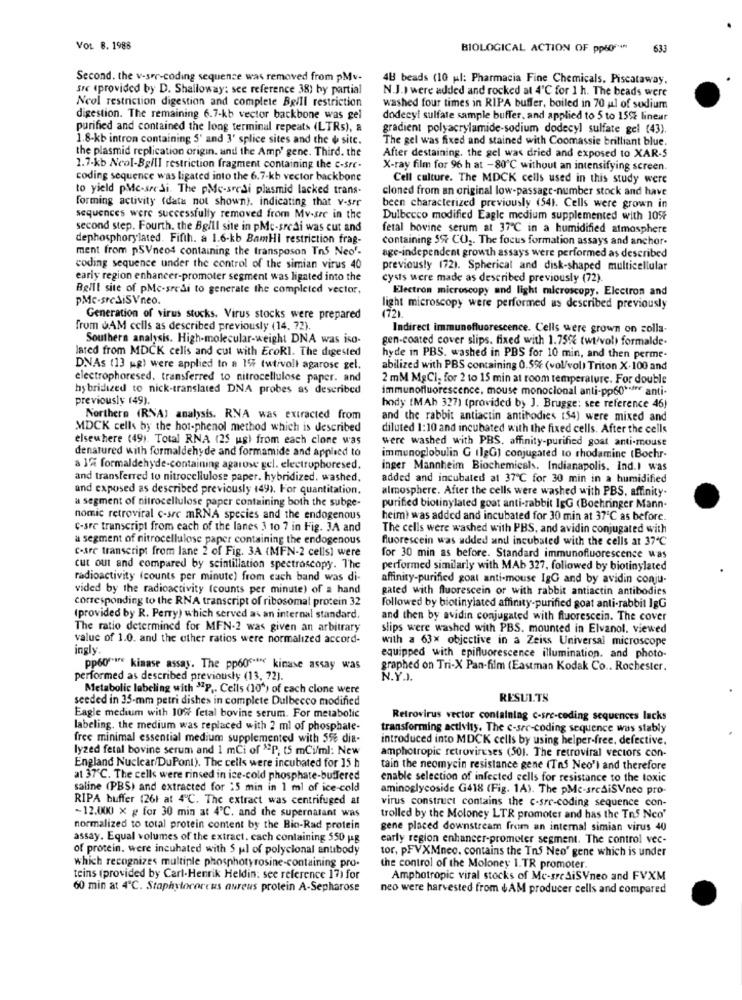
VOL 8. 1988
BIOLOGICAL ACTION OF ppt0 ***
633
Second. the v-ser-coding sequence was removed from pMv-
4H beads (10 ul: Pharmacia Fine Chemicals. Piscataway.
src (provided by D. Shalloway: see reference 38) by partial
N.J.) were added and rocked at 4℃ for 1 h. The beads were
Ncol restriction digestion and complete Beill restriction
washed four times in RIPA buffer, boiled in 70 ul of sodium
digestion. The remaining 6.7-kb vector backbone was gel
dodecyl sulfate sample buffer, and applied to 5 to 15% linear
purified and contained the long terminal repeats (LTRs), a
gradient polyacrylamide-sodium dodecyl sulfate gel (43).
1.8-kb intron containing 5' and 3' splice sites and the & sitc.
The gel was fixed and stained with Coomassie brilliant blue.
the plasmid replication origin. and the Amp' gene. Third. the
After destaining. the gel was dried and exposed to XAR-S
1.7-kb Neol-BallI restriction fragment containing the c-sre-
X-ray film for 96 h at -80℃ without an intensifying screen.
coding sequence was ligated into the 6.7-kb vector backbone
Cell culture. The MDCK cells used in this study were
to yield pMc-src Si. The pMe-serai plasmid lacked trans-
cloned from an original low-passage-number stock and have
forming activity (data not shown), indicating that v-sre
been characterized previously (54). Cells were grown in
sequences were successfully removed from Mv-sre in the
Dulbecco modified Eagle medium supplemented with 10%
second step. Fourth. the Bg/Il site in pMc-sredi was cut and
fetal bovine serum at 37℃ in a humidified atmosphere
dephosphorylated. Fifth. a 1.6-kb BamHi restriction frag-
containing 5% CO2. The focus formation assays and anchor.
ment from pSVneos containing the transposon Tn5 Neo'-
age-independent growth assays were performed as described
coding sequence under the control of the simian virus 40
previously (72). Spherical and disk-shaped multicellular
early region enhancer-promoter segment was ligated into the
cysts were made as described previously (72)
Reill site of pMc-sredi to generate the completed vector,
Electron microscopy and light microscopy. Electron and
PMc-srediSVneo.
light microscopy were performed us described previously
Generation of virus stocks. Virus stocks were prepared
(72).
from JAM cells as described previously (14. 72).
Indirect immunefluorescence. Cells were grown on colla-
Southern analysis. High-molecular-weight DNA was iso-
gen-coated cover slips, fixed with 1.75% (wt/vol) formalde.
lated from MDCK cells and cut with EroRl. The digested
hyde in PBS. washed in PBS for 10 min, and then perme-
DNAs (13 pg) were applied to a 19 twtivoll agarose gel.
abilized with PBS containing 0.5% (vol/vol) Triton X.100 and
electrophoresed. transferred to nitrocellulose paper. and
2 mM MgCl, for 2 to 15 min at room temperature. For double
hybridized to nick-translated DNA probes as described
immunofluorescence, mouse monoclonal anti-pp60 **** anti-
previously (49).
hody (MAb 327) (provided by J. Brugge: see reference 46)
Northern (RNA) analysis. RNA was extracted from
and the rabbit antiactin antibodies (54) were mixed and
MDCK cells by the hot-phenol method which is described
diluted 1:10 and incubated with the fixed cells. After the cells
elsewhere (49). Total RNA (25 ug) from each clone was
were washed with PBS. affinity-purified goat anti-mouse
denatured with formaldehyde and formamide and applied to
immunoglobulin G (lgG) conjugated to rhodamine (Bochr-
a 12 formaldehyde-containing agarose gel. electruphoresed.
inger Mannheim Biochemicals. Indianapolis. ind.I was
and transferred to nitrocellulose paper. hybridized. washed,
added and incubated at 37℃ for 30 min in a humidified
and exposed as described previously (49). For quantitation.
almosphere. After the cells were washed with PBS, affinity.
a segment of nitrocellulose paper containing both the subpe-
purified biotinylated goat anti-rabbit IgG (Boehringer Mann
nomic retroviral c-src mRNA species and the endogenous
heim? was added and incubated for 30 min at 37℃ as before.
C-sre transcript from each of the lanes 3 10 7 in Fig. JA and
The cells were washed with PBS, and avidin conjugated with
a segment of nitrocellulose paper containing the endogenous
fluorescein was added and incubated with the cells at 37℃
C-are transcript from lane 2 of Fig. 3A (MFN-2 cells) were
for 30 min as before. Standard immunofluorescence was
cut out and compared by scintillation spectroscopy. The
performed similarly with MAb 327, followed by biotinylated
radioactivity (counts per minute) from cach band was di-
affinity-purified goal anti-mouse IgG and by avidin conju-
vided by the radioactivity (counts per minute) of a hand
gated with fluorescein or with rabbit antiactin antibodies
corresponding to the RNA transcript of ribosomal protein 32
followed by biotinylated affinity-purified goat anti-rabbit IgG
(provided by R. Perry) which served as an internal standard.
and then by avidin conjugated with fluorescein. The cover
The ratio determined for MFN-2 was given an arbitrary
slips were washed with PBS. mounted in Elvanol. viewed
value of 1.0. and the other ratios were normalized accord-
with a 63x objective in a Zeiss Universal microscope
ingly.
equipped with epifluorescence illumination. and photo-
pp60"" kinase assay. The pp60"t" kinase assay was
graphed on Tri-X Pan-film (Eastman Kodak Co .. Rochester.
performed as described previously (13, 72).
N.Y.J.
Metabolic labeling with 37P .. Cells (10") of each clone were
seeded in 35-mm petri dishes in complete Dulbecco modified
RESULTS
Eagle medium with 10% fetal bovine serum. For metabolic
Retrovirus vector containing c-sre-coding sequences lacks
labeling. the medium was replaced with 2 ml of phosphate-
transforming activity. The c-sre-coding sequence was stably
free minimal essential medium supplemented with 5% dia-
introduced into MDCK cells by using helper-free, defective.
lyzed fetal bovine serum and 1 mCi of "P, t5 mCi/ml: New
amphotropic retroviruses (301. The retroviral vectors con-
England Nuclear/DuPont). The cells were incubated for 15 h
tain the neomycin resistance gene (Tns Neo'l and therefore
at 37'℃. The cells were rinsed in ice-cold phosphate-buffered
enable selection of infected cells for resistance to the toxic
saline (PBS) and extracted for "5 min in 1 ml of ice-cold
aminoglycoside G418 (Fig. 1A). The pMc-srediSVneo pro-
RIPA buffer (26) at 4℃. The extract was centrifuged at
virus construct contains the c-sre-coding sequence con-
~12.000 x g for 30 min at 4℃. and the supernatant was
trolled by the Moloney LTR promoter and has the Tn5 Nco'
normalized to total protein content by the Bio-Rad protein
gene placed downstream from an internal simian virus 40
assay. Equal volumes of the extract. cach containing 550 Mg
early region enhancer-prometer segment. The control vec-
of protein. were incuhated with $ ul of polyclonal antibody
tor, PFVXMneo. contains the Tn5 Neo' gene which is under
which recognizes multiple phosphotyrosine-containing pro-
the control of the Moloney 1.TR promoter.
teins (provided by Carl-Henrik Heldin; see reference 17) for
Amphotropic viral stocks of Me-srediSVneo and FVXM
60 min at 4℃. Staphylococcus aureus protein A-Sepharose
neo were harvested from +AM producer cells and compared